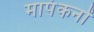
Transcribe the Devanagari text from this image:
मापंकनों